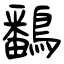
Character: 鷭